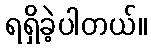
ရရှိခဲ့ပါတယ်။